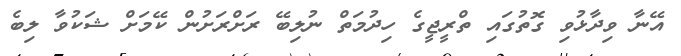
އޭނާ ވިދާޅުވި ގޮތުގައި ތްރީޖީގެ ހިދުމަތް ނުލިބޭ ރަށްރަށުން ކޭމަށް ޝަކުވާ ލިބެ